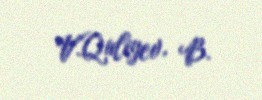
V.Quliyev, B.